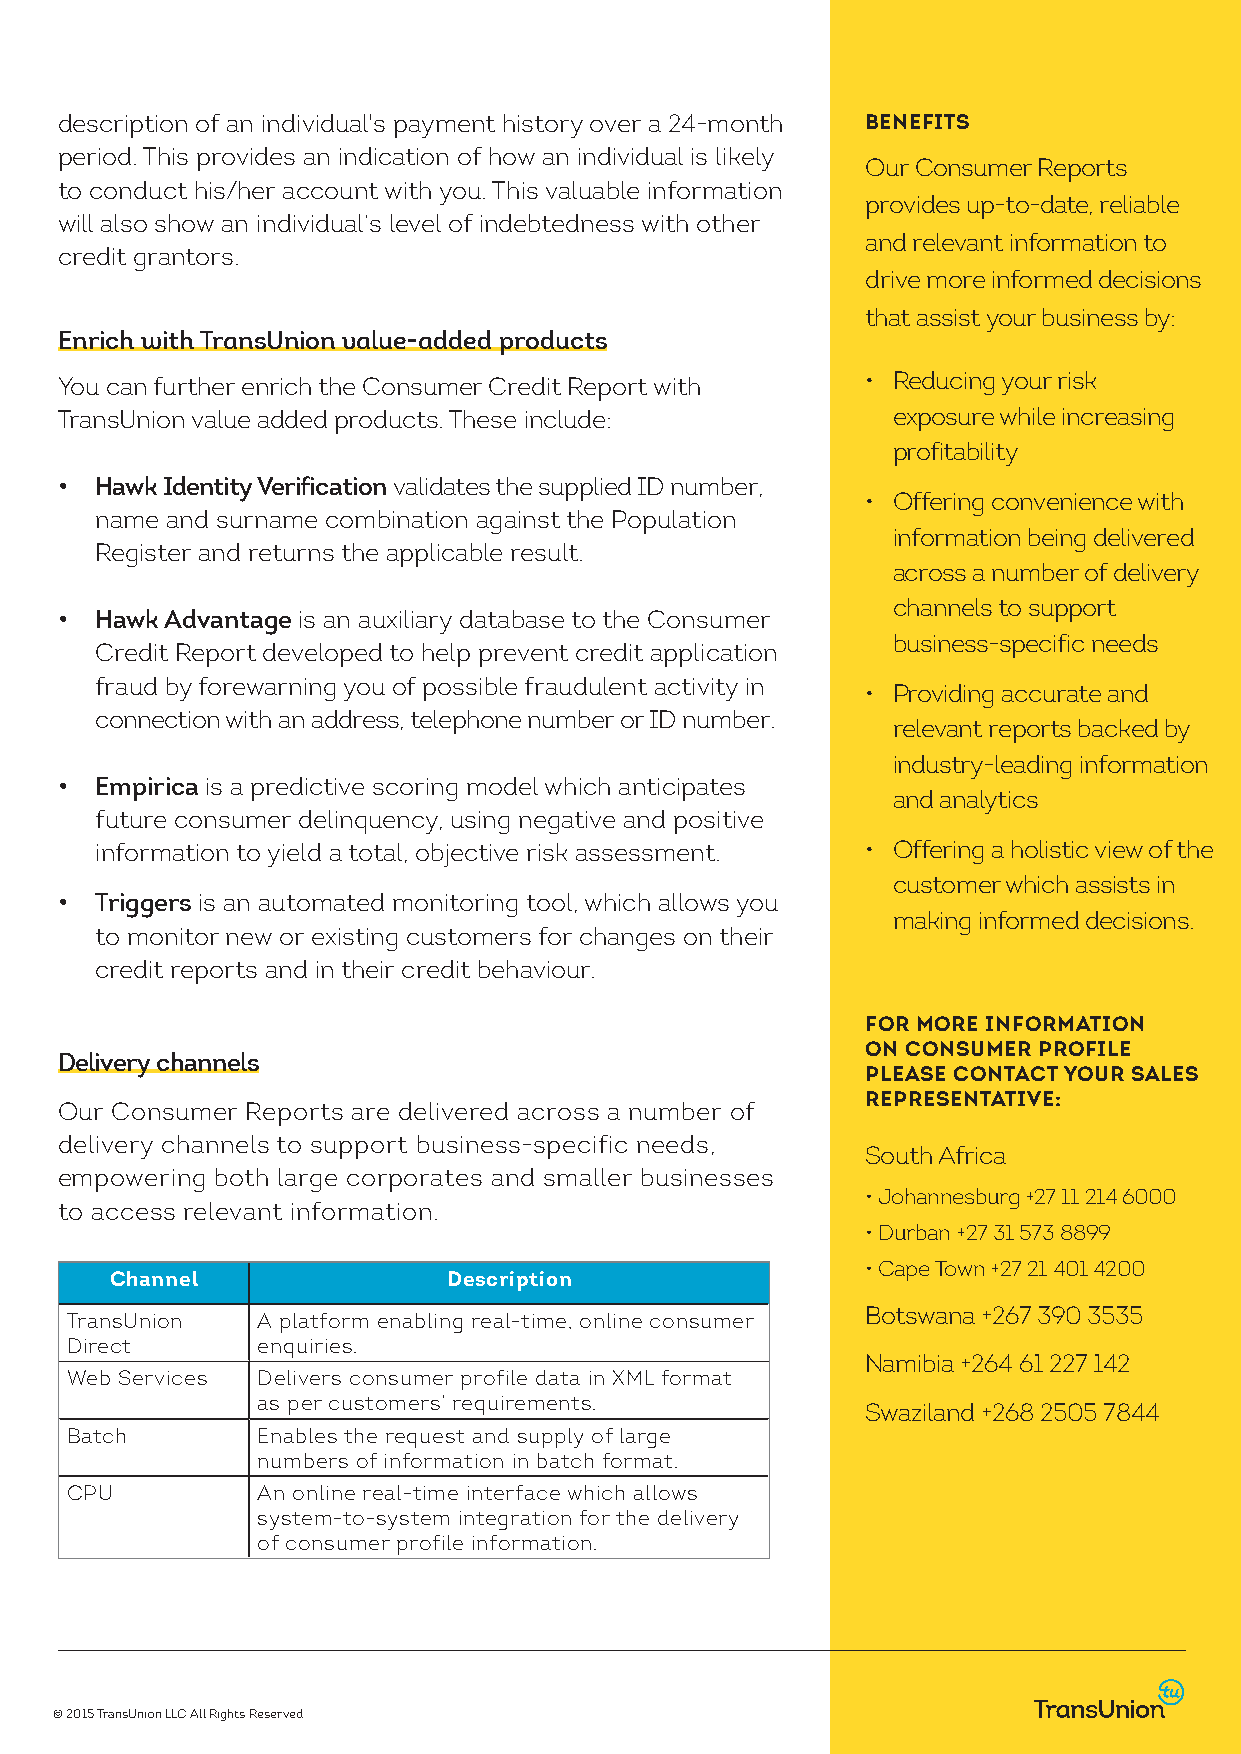
description of an individual's payment history over a 24-month BENEFITS
 period. This provides an indication of how an individual is likely
 Our Consumer Reports
 to conduct his/her account with you. This valuable information
 provides up-to-date, reliable
 will also show an individual’s level of indebtedness with other
 and relevant information to
 credit grantors.
 drive more informed decisions
 that assist your business by:
 Enrich with TransUnion value-added products
 You can further enrich the Consumer Credit Report with • Reducing your risk
 TransUnion value added products. These include:        exposure while increasing
 profitability
 • Hawk Identity Verification validates the supplied ID number,
 • Offering convenience with
 name and surname combination against the Population
 information being delivered
 Register and returns the applicable result.
 across a number of delivery
 channels to support
 • Hawk Advantage is an auxiliary database to the Consumer
 business-specific needs
 Credit Report developed to help prevent credit application
 fraud by forewarning you of possible fraudulent activity in
 • Providing accurate and
 connection with an address, telephone number or ID number.
 relevant reports backed by
 industry-leading information
 • Empirica is a predictive scoring model which anticipates
 and analytics
 future consumer delinquency, using negative and positive
 information to yield a total, objective risk assessment. • Offering a holistic view of the
 customer which assists in
 • Triggers is an automated monitoring tool, which allows you
 making informed decisions.
 to monitor new or existing customers for changes on their
 credit reports and in their credit behaviour.
 FOR MORE INFORMATION
 ON CONSUMER PROFILE
 Delivery channels
 PLEASE CONTACT YOUR SALES
 REPRESENTATIVE:
 Our Consumer Reports are delivered across a number of
 delivery channels to support business-specific needs,
 South Africa
 empowering both large corporates and smaller businesses
 • Johannesburg +27 11 214 6000
 to access relevant information.
 • Durban +27 31 573 8899
 • Cape Town +27 21 401 4200
 Channel                Description
 Botswana +267 390 3535
 TransUnion   A platform enabling real-time, online consumer
 Direct       enquiries.
 Namibia +264 61 227 142
 Web Services Delivers consumer profile data in XML format
 as per customers’ requirements.
 Swaziland +268 2505 7844
 Batch        Enables the request and supply of large
 numbers of information in batch format.
 CPU          An online real-time interface which allows
 system-to-system integration for the delivery
 of consumer profile information.
 © 2015 TransUnion LLC All Rights Reserved